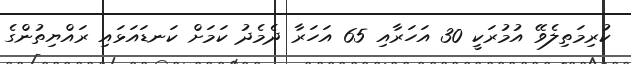
ކުރިމަތިލެވޭ އުމުރަކީ 30 އަހަރާއި 65 އަހަރާ ދެމެދު ކަމަށް ކަނޑައަޅައި ރައްޔިތުންގެ